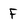
Character: F